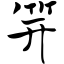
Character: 笄